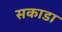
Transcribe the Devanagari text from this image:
सकाडा